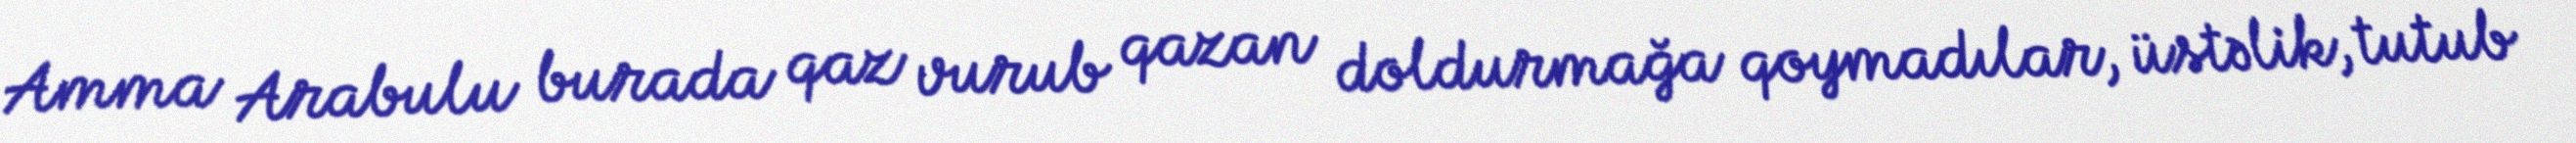
Amma Arabulu burada qaz vurub qazan doldurmağa qoymadılar, üstəlik, tutub